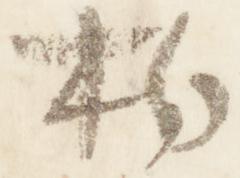
拍